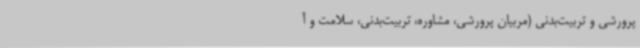
پرورشی و تربیت‌بدنی (مربیان پرورشی، مشاوره، تربیت‌بدنی، سلامت و آ